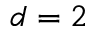
d = 2